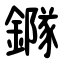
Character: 䥙